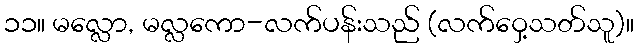
၁၁။ မလ္လော, မလ္လကော-လက်ပန်းသည် (လက်ဝှေ့သတ်သူ)။